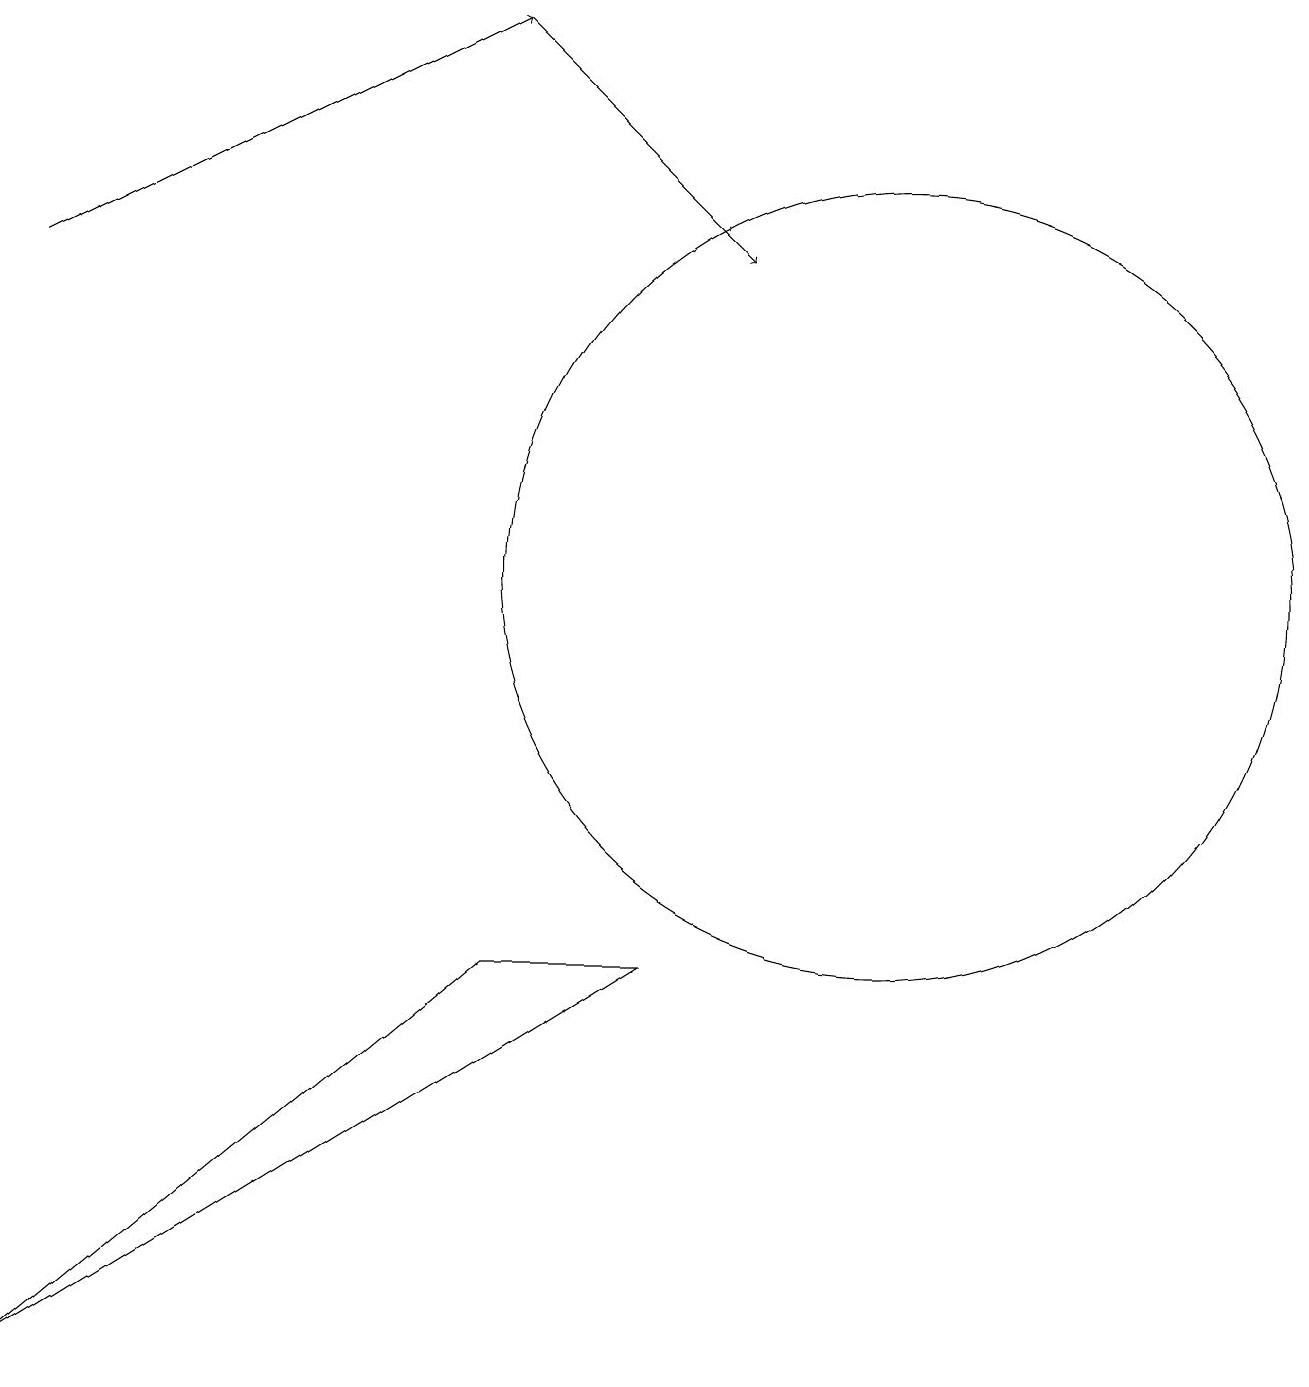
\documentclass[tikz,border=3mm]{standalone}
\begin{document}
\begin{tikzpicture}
\draw (8,7) -- (6,7) -- (0,2) -- cycle;
\draw[->] (0,16) -- (6,19);
\draw[->] (6,19) -- (9,16);
\draw (11,12) circle (5);
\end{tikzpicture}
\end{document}